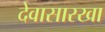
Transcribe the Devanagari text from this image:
देवासारखा